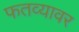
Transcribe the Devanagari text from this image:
फतव्यावर